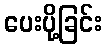
ပေးပို့ခြင်း